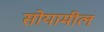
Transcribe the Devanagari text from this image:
सोयामील